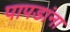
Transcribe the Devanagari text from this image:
पापडांना